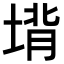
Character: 𪣵